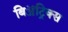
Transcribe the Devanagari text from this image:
बिॲट्रिक्स